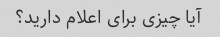
آیا چیزی برای اعلام دارید؟